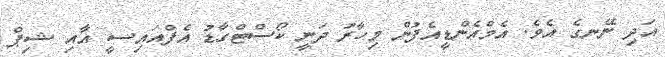
އަދި ނޭނގެ އެވެ. އެމްއެންޑީއެފުން މިހާރު ދަނީ ކޯސްޓްގާޑު އެފްއައިސީ އާއި ޝިޕް